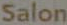
Salon